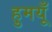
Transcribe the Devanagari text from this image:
हुमयूँ